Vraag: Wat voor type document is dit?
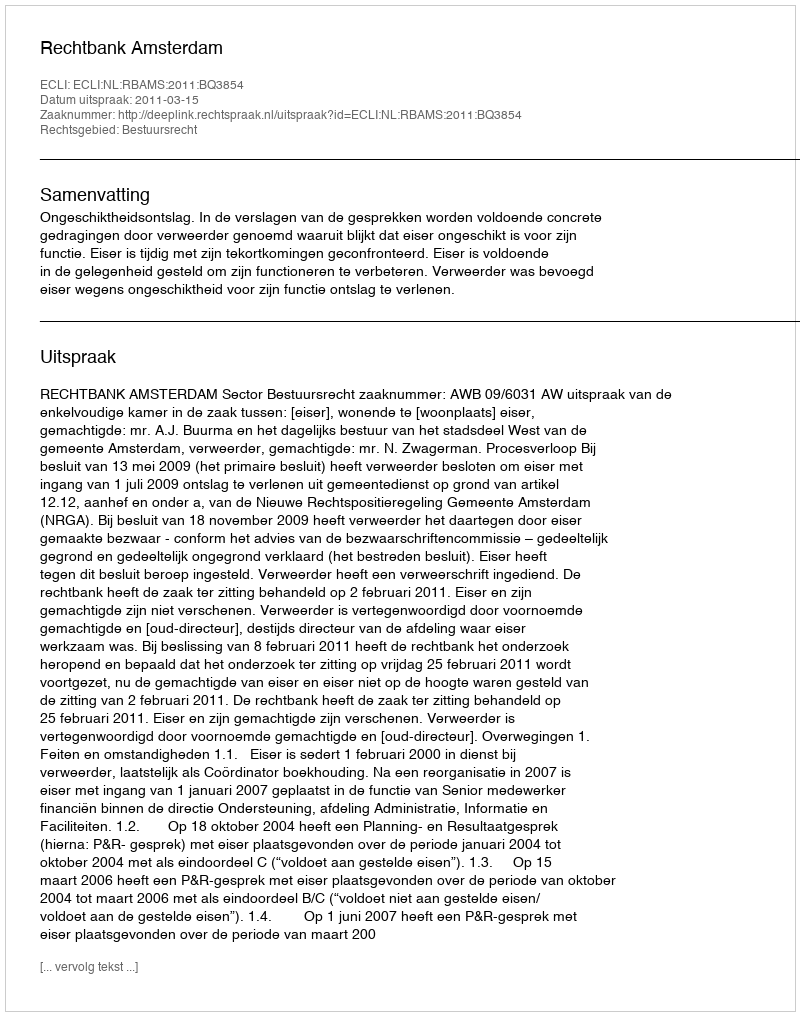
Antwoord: Uitspraak